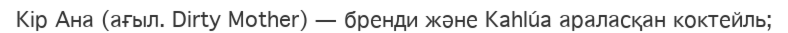
Кір Ана (ағыл. Dirty Mother) — бренди және Kahlúa араласқан коктейль;